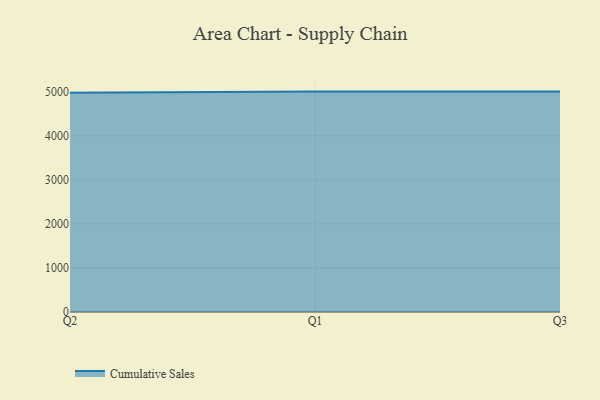
{"axis": {"x": "Quarter", "y": "Headcount"}, "legend": ["Cumulative Sales"], "data": [{"x": "Q2", "y": 4971.9, "type": "Cumulative Sales"}, {"x": "Q1", "y": 5000, "type": "Cumulative Sales"}, {"x": "Q3", "y": 5000, "type": "Cumulative Sales"}]}